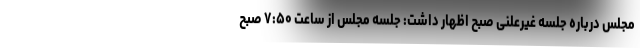
مجلس درباره جلسه غیرعلنی صبح اظهار داشت: جلسه مجلس از ساعت ۷:۵۰ صبح